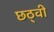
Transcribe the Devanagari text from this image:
छठ्वी